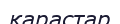
қарастар